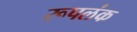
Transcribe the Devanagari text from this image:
रूपलंक